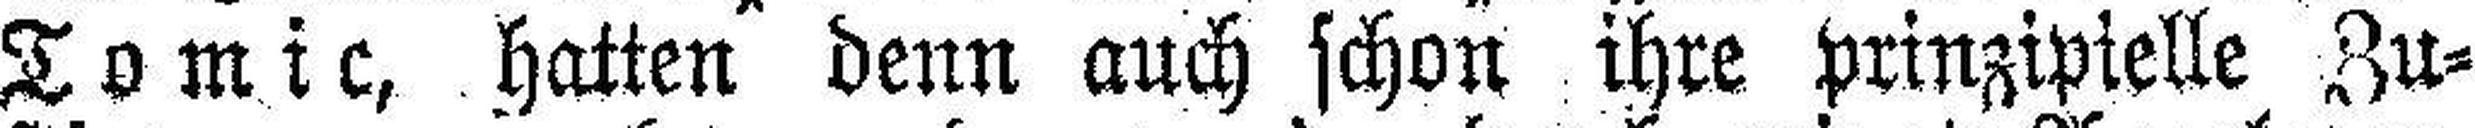
Tomic, hatten denn auch schon ihre prinzipielle Zu¬